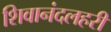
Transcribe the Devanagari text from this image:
शिवानंदलहरी